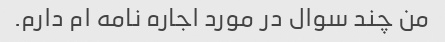
من چند سوال در مورد اجاره نامه ام دارم.